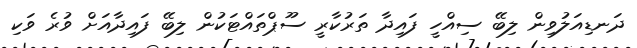
ދަނޑިއަލުވިން ލިބޭ ސިއްހީ ފައިދާ ތަރުކާރީ ސޫޕްތައްޓަކުން ލިބޭ ފައިދާއަށް ވުރެ ވަކި